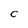
Character: C